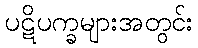
ပဋိပက္ခများအတွင်း